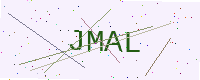
Text: JMAL